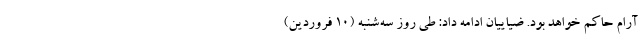
آرام حاکم خواهد بود. ضیاییان ادامه داد: طی روز سه‌شنبه (۱۰ فروردین)